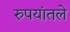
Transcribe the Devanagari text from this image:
रुपयांतले